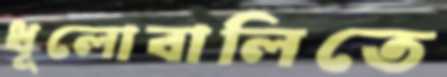
ধূলোবালিতে